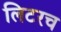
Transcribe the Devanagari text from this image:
लिटरच